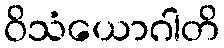
ဝိသံယောဂါတိ